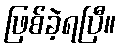
ဖြစ်ခဲ့ရပြီ။